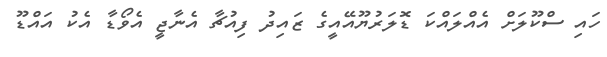
ހައި ސްކޫލަށް އެއްލައްކަ ޑޮލަރުޔޫއޭއީގެ ޒައިދު ފިއުޗާ އެނާޖީ އެވޯޑާ އެކު އައްޑޫ